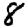
Digit: 8